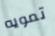
تمويه